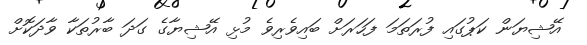
އޭޝިޔަން ކަޕުގައި ފުރަތަމަ ފަހަރަށް ބައިވެރިވެ މުޅި އޭޝިޔާގެ ގަދަ ބާރުތަކާ ވާދަކޮށް